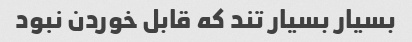
بسیار بسیار تند که قابل خوردن نبود